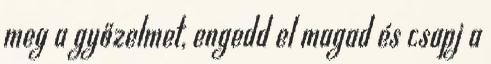
meg a győzelmet, engedd el magad és csapj a